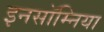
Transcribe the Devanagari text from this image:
इनसॉम्निया